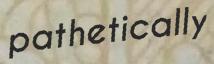
pathetically